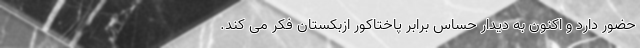
حضور دارد و اکنون به دیدار حساس برابر پاختاکور ازبکستان فکر می کند.